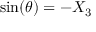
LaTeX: \sin ( \theta ) = - X _ { 3 }